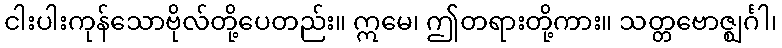
ငါးပါးကုန်သောဗိုလ်တို့ပေတည်း။ ဣမေ၊ ဤတရားတို့ကား။ သတ္တဗောဇ္ဈင်္ဂါ၊